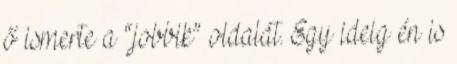
ő ismerte a “jobbik” oldalát. Egy ideig én is